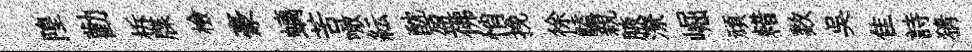
隍勸柝牒檢豪螭苦噉紜酖盈佛悄挽徐饁親腋潦崛頑耤数吳隹詩猜